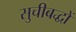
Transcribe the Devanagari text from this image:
सुचीबद्धों